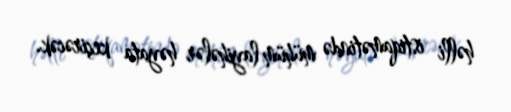
həlli istiqamətində mühüm layihələr həyata keçirəcək.